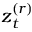
\boldsymbol { z } _ { t } ^ { ( r ) }